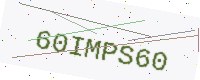
Text: 60IMPS60